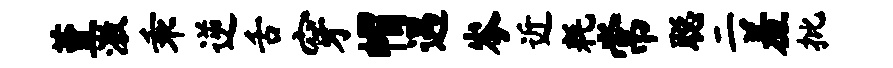
堇激乖逆舌穿帽遇岑近耗常聪二羞批